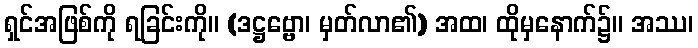
ရှင်အဖြစ်ကို ရခြင်းကို။ (ဒဋ္ဌဗ္ဗော၊ မှတ်လာ၏) အထ၊ ထိုမှနောက်၌။ အဿ၊